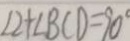
\angle 2 + \angle B C D = 9 0 ^ { \circ }